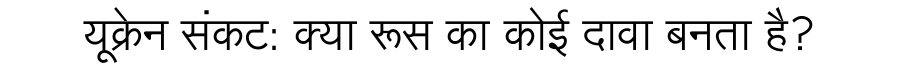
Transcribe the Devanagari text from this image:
यूक्रेन संकट: क्या रूस का कोई दावा बनता है?